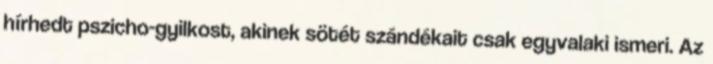
hírhedt pszicho-gyilkost, akinek sötét szándékait csak egyvalaki ismeri. Az